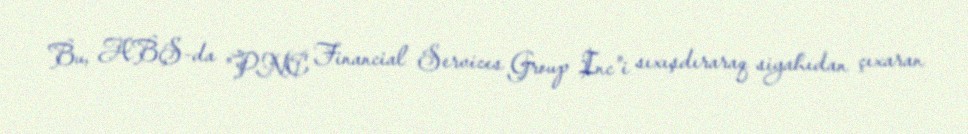
Bu, ABŞ-da "PNC Financial Services Group Inc"i sıxışdıraraq siyahıdan çıxaran